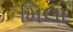
મિલા